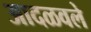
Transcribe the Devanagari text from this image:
आदळवले